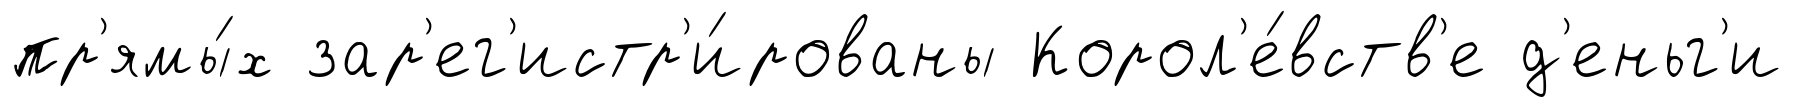
пр'ямы́х зар'ег'истр'и́рованы Корол'е́вств'е д'еньг'и